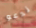
ندعو